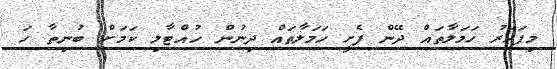
މިފަހަރު ހަމަލާތައް ދޭން ފެށީ ހަމަލާތައް ދިނުން ހުއްޓާލި ކަމަށް ބުނިތާ ހަ